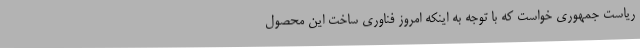
ریاست جمهوری خواست که با توجه به اینکه امروز فناوری ساخت این محصول